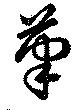
筆